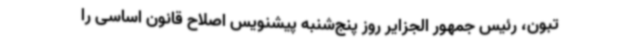
تبون، رئیس جمهور الجزایر روز پنج‌شنبه پیشنویس اصلاح قانون اساسی را